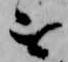
を